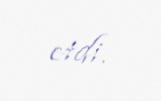
etdi.